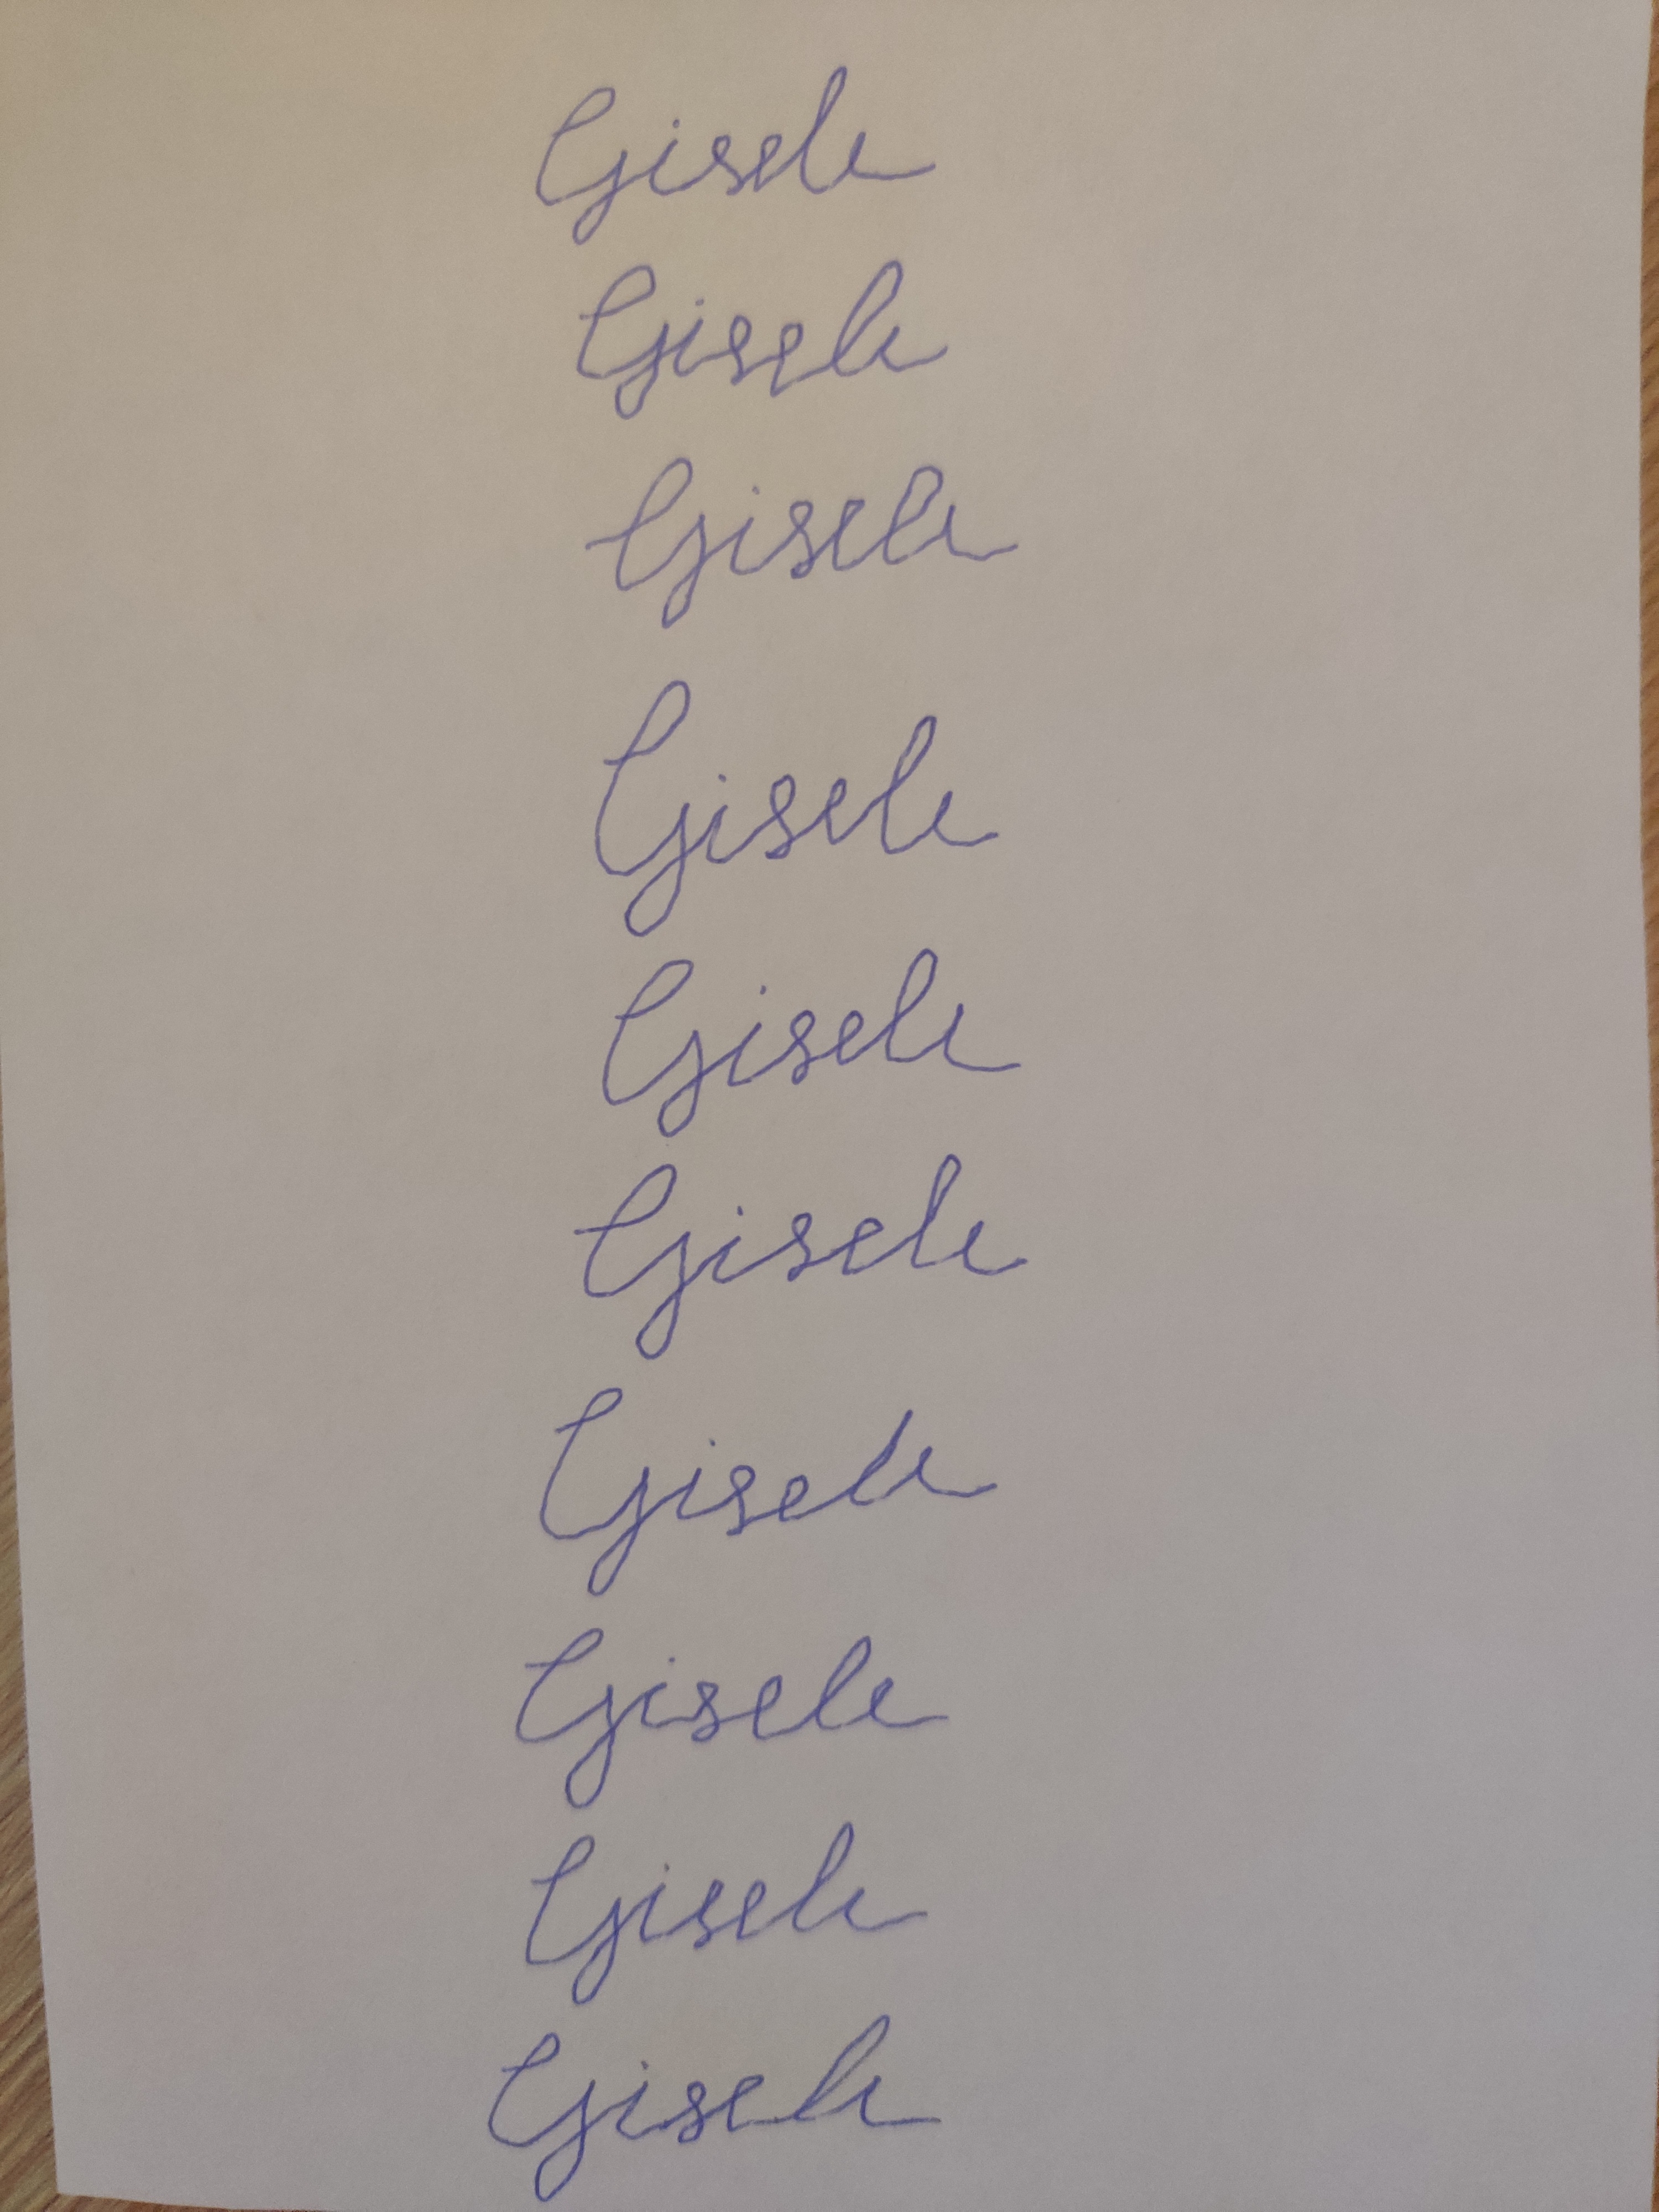
Signature authenticity: forged